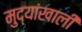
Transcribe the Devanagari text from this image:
मुद्यांखाली